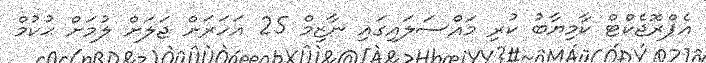
އެޕްރޮޖެކްޓް ކާމިޔާބު ކުރި މައްސަލައިގައި ނާޒިމް 25 އަހަރަށް ޖަލަށް ލުމަށް ޙުކުމް